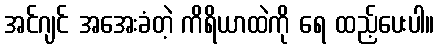
အင်ဂျင် အအေးခံတဲ့ ကိရိယာထဲကို ရေ ထည့်ပေးပါ။